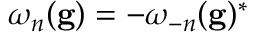
\omega _ { n } ( \mathbf { g } ) = - \omega _ { - n } ( \mathbf { g } ) ^ { * }